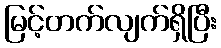
မြင့်တက်လျက်ရှိပြီး